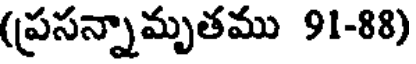
(ప్రసన్నామృతము 91-88)